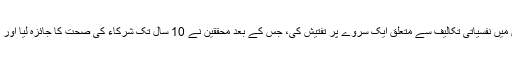
ڈاکٹر ٹام رس کی ٹیم نے تحقیق کے لیے 165,000 لوگوں میں نفسیاتی تکالیف سے متعلق ایک سروے پر تفتیش کی، جس کے بعد محققین نے 10 سال تک شرکاء کی صحت کا جائزہ لیا اور اس دوران ہونے والی اموات کی وجوہات کا ریکارڈ تیار کیا۔